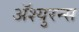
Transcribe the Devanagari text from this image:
अॅश्युरन्स